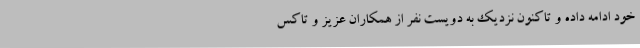
خود ادامه داده و تاکنون نزدیک به دویست نفر از همکاران عزیز و تاکس